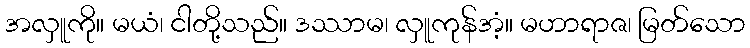
အလှူကို။ မယံ၊ ငါတို့သည်။ ဒဿာမ၊ လှူကုန်အံ့။ မဟာရာဇ၊ မြတ်သော